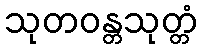
သုတဝန္တသုတ္တံ